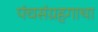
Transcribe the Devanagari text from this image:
पंचसंग्रहगाथा